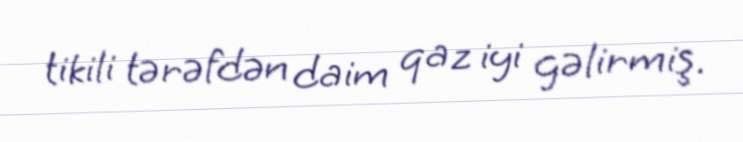
tikili tərəfdən daim qaz iyi gəlirmiş.